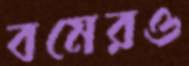
বমেরও